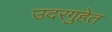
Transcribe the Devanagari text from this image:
उदरगुहेत